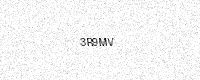
Text: 3R9MV